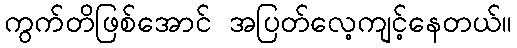
ကွက်တိဖြစ်အောင် အပြတ်လေ့ကျင့်နေတယ်။